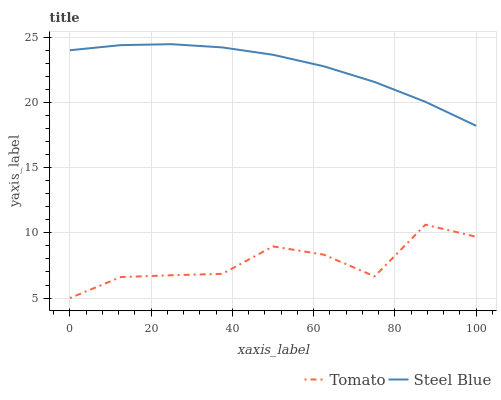
| xaxis_label | Tomato | Steel Blue |
 | --- | --- | --- |
 | 0 | 5 | 24 |
 | 12.5 | 6.61 | 24.4 |
 | 25 | 6.75 | 24.5 |
 | 37.5 | 6.86 | 24.2 |
 | 50 | 8.96 | 23.7 |
 | 62.5 | 8.33 | 22.8 |
 | 75 | 6.66 | 21.6 |
 | 87.5 | 10.6 | 20 |
 | 100 | 9.7 | 18.2 |